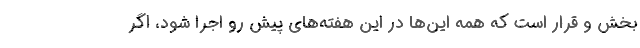
بخش و قرار است که همه این‌ها در این هفته‌های پیش رو اجرا شود، اگر